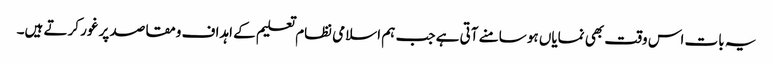
یہ بات اس وقت بھی نمایاں ہو سامنے آتی ہے جب ہم اسلامی نظام تعلیم کے اہداف ومقاصد پر غور کرتے ہیں۔